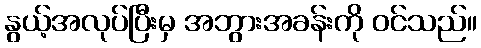
နွယ့်အလုပ်ပြီးမှ အဘွားအခန်းကို ဝင်သည်။